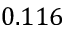
0 . 1 1 6